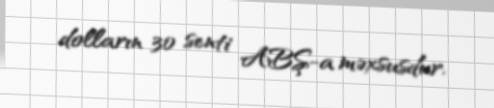
dolların 30 senti ABŞ-a məxsusdur.